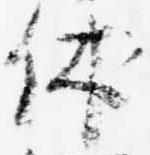
休